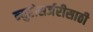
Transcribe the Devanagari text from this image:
न्युरोसर्जरीसाठी